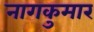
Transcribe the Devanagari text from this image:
नागकुमार